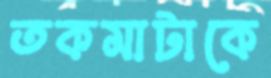
তকমাটাকে